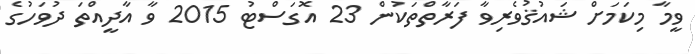
ވީމާ މިކަމަށް ޝައުޤުވެރިވާ ފަރާތްތަކުން 23 އޮގަސްޓު 2015 ވާ އާދީއްތަ ދުވަހުގެ